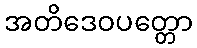
အတိဒေဝပတ္တော